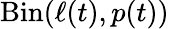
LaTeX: \mathrm{Bin}(\ell(t),p(t))